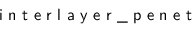
\textsf { i n t e r l a y e r \_ p e n e t }